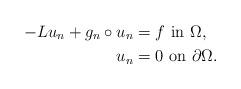
LaTeX: \begin{align*}-L u_n + g_n\circ u_n & = f \,\,\mbox{in}\,\, \Omega, \\u_n & = 0 \,\,\mbox{on}\,\, \partial\Omega. \end{align*}